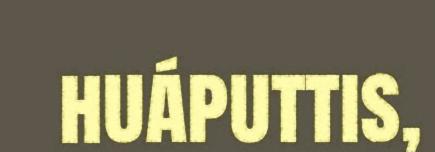
huáputtis,